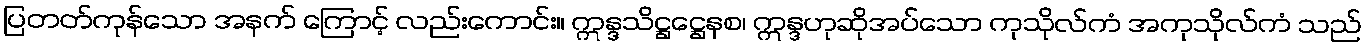
ပြတတ်ကုန်သော အနက် ကြောင့် လည်းကောင်း။ ဣန္ဒသိဋ္ဌဋ္ဌေနစ၊ ဣန္ဒဟုဆိုအပ်သော ကုသိုလ်ကံ အကုသိုလ်ကံ သည်